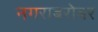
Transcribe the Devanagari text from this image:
नगराबरोबर